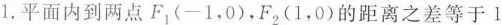
1.平面内到两点F_{1}(-1，0)，F_{2}(1，0)的距离之差等于1